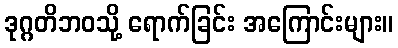
ဒုဂ္ဂတိဘဝသို့ ရောက်ခြင်း အကြောင်းများ။